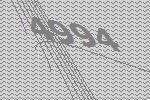
4994